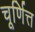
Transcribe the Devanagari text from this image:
चूर्णित्त